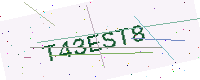
Text: T43EST8